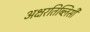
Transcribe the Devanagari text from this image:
अक्षरतिब्लिसी